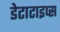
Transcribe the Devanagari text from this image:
डेटाटाइप्स